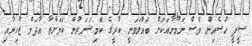
ސީޕީ ހުސެއިން ވެސް ނަމޫނާއަކަށް ބައްލަވަނީ ކުރީގެ ކޮމިޝަނަރުން ކަމަށްވާ އާދަމް ޒާހިރާއި